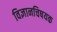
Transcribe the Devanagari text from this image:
विज्ञानचिषयक